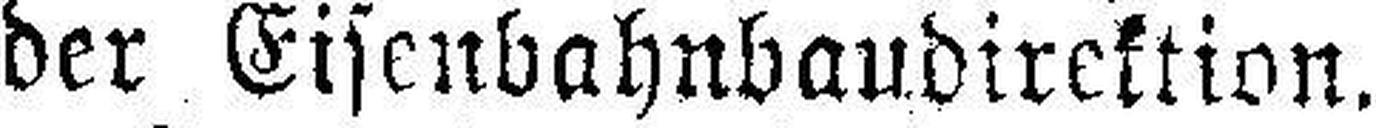
der Eisenbahnbaudirektion.